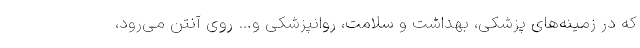
که در زمینه‌های پزشکی، بهداشت و سلامت، روانپزشکی و… روی آنتن می‌رود،